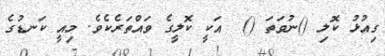
ގިއުޅު ކޮލި ()ނުވަތަ ()  އަކީ ކޮލީގެ ވައްތަރެކެވެ. މިއީ ކަނޑުގެ